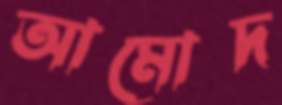
আমোদ